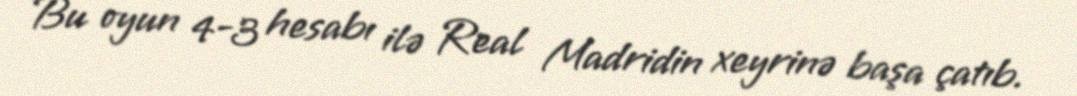
Bu oyun 4-3 hesabı ilə Real Madridin xeyrinə başa çatıb.